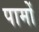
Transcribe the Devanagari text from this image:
पामों